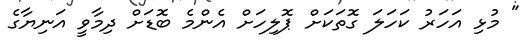
" މުޅި އަހަރު ކަހަލަ ގޮތަކަށް ޕޮލިހަށް އެންމެ ބޮޑަށް ދިމާވީ އަނިޔާގެ